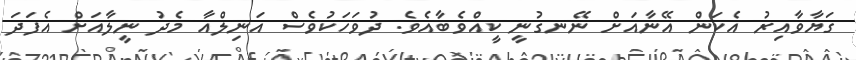
ގަޔާވާއިރު އެކަން އޭނާއަށް ނޭނގުނީ ކީއްވެބާއެވެ. ދުވަހަކުވެސް އަނިލްއާ މެދު ނީލާއަށް އެފަދަ